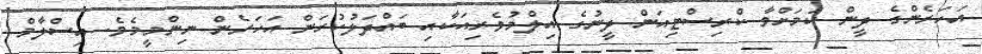
އަހަރެންގެ ދީން ކަމަށްވާ ކްރިސްޓިއަން ދީނުގެ އިލްމުވެރިއަކާއި ބައްދަލުކުރަން އަހަރެން ނިންމީމެވެ. އިސްލާމް